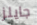
جايلز